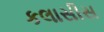
કલાસીસ